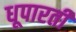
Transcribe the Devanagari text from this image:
धूपारती